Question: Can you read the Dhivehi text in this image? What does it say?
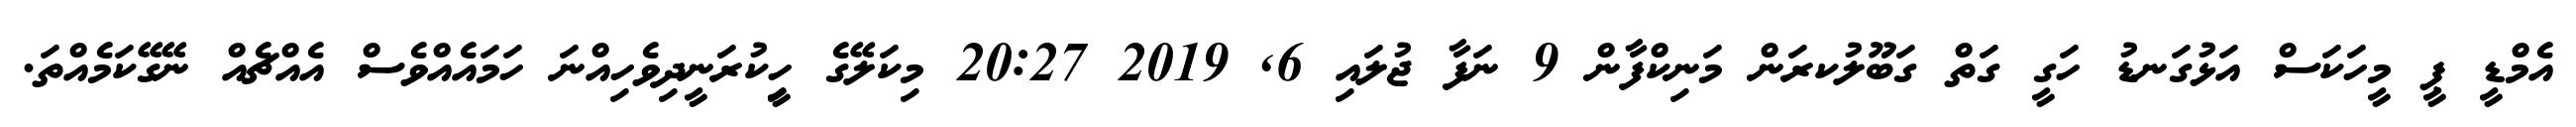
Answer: އެމްޑީ ޕީ މީހަކަސް އަޅުގަނޑު ހަގީ ގަތް ގަބޫލުކރަން މަނިކްފާން 9 ނަފާ ޖުލައި 6, 2019 20:27 މިކަލޭގެ ހީިކުރަނީދިވެހިއްނަ ހަމައެއްވެސް އެއްޗެއް ނޭގޭކަމެއްތަ.